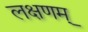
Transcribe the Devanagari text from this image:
लक्षणम्